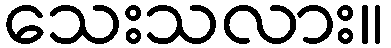
သေးသလား။